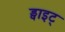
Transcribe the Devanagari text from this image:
ड्वाइट्